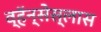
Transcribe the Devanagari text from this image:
व्हॅन्सेस्लास